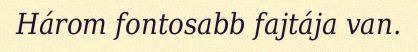
Három fontosabb fajtája van.